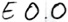
Text: E0.0